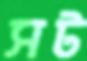
সট